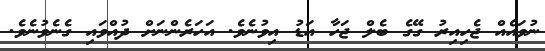
ނުވައެއް ޖެހިއިރު ގޭގެ ބެލް ޖަހާ އަޑު އިވުނެވެ. އަހަރެންނަށް ދުއްވައި ގެނެވުނެވެ.